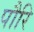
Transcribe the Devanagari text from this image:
पौरि